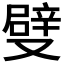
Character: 𠮃